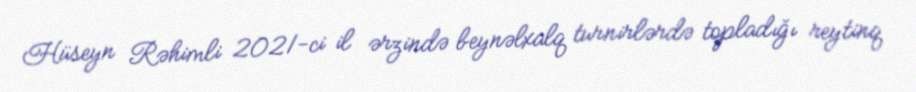
Hüseyn Rəhimli 2021-ci il ərzində beynəlxalq turnirlərdə topladığı reytinq